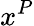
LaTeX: x^{P}